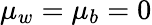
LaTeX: \mu_{w}=\mu_{b}=0